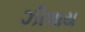
ઝીલાય